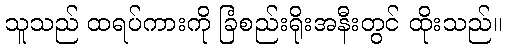
သူသည် ထရပ်ကားကို ခြံစည်းရိုးအနီးတွင် ထိုးသည်။